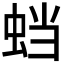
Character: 𬠅